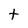
Character: T